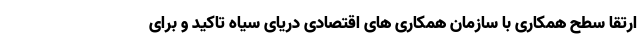
ارتقا سطح همکاری با سازمان همکاری های اقتصادی دریای سیاه تاکید و برای